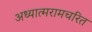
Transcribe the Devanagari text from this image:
अध्यात्मरामचरित